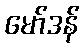
မော်ဒန်